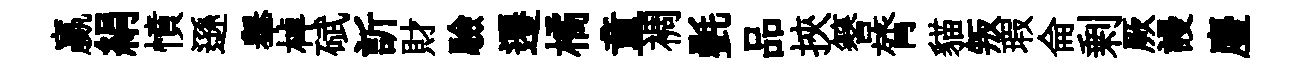
贏絹憤遜𦦙棹碔訢財驗遷橘童裯㲲品挾簮膂貓叛瑕侖剰厥謾麈